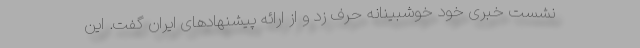
نشست خبری خود خوشبینانه حرف زد و از ارائه پیشنهادهای ایران گفت. این